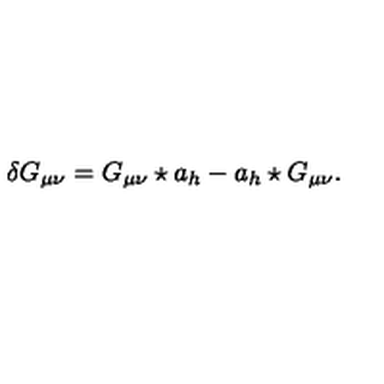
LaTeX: \delta G _ { \mu \nu } = G _ { \mu \nu } \star a _ { h } - a _ { h } \star G _ { \mu \nu } .